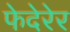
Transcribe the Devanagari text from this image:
फेदेरेर